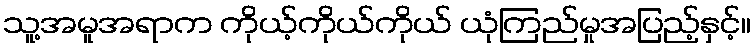
သူ့အမူအရာက ကိုယ့်ကိုယ်ကိုယ် ယုံကြည်မှုအပြည့်နှင့်။